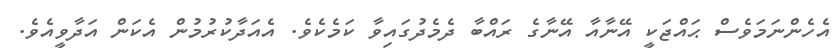
އެހެންނަމަވެސް ޙައްޖަކީ އޭނާއާ އޭނާގެ ރައްބާ ދެމެދުގައިވާ ކަމެކެވެ. އެއަދާކުރުމުން އެކަން އަދާވީއެވެ.